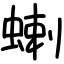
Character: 蝲